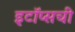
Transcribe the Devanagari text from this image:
इटॉप्सची